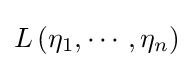
L\left(\eta _{1},\cdots ,\eta _{n}\right)